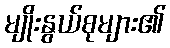
မျိုးနွယ်စုများ၏